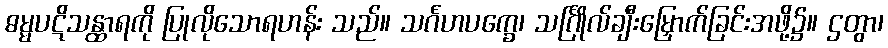
ဓမ္မပဋိသန္ထာရကို ပြုလိုသောရဟန်း သည်။ သင်္ဂဟပက္ခေ၊ သင်္ဂြိုလ်ချီးမြှောက်ခြင်းအဖို့၌။ ဌတွာ၊